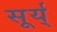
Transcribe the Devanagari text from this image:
सूर्य्